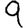
Digit: 9